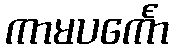
ကာမပင်္ကော